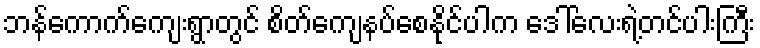
ဘန်ကောက်ကျေးရွာတွင် စိတ်ကျေနပ်စေနိုင်ပါက ဒေါ်လေးရဲ့တင်ပါးကြီး